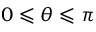
0 \leqslant \theta \leqslant \pi